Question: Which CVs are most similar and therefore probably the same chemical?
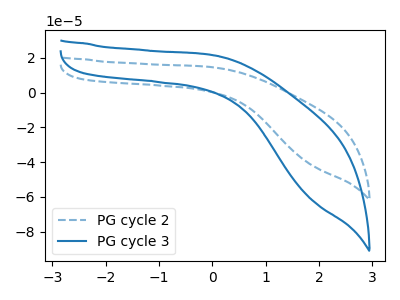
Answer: <think>The blue dashed curve "PG cycle 2" has no peaks. The blue curve "PG cycle 3" has no peaks.
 Neither "PG cycle 2" or "PG cycle 3" have any peaks.</think>
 <answer>"PG cycle 2" and "PG cycle 3" have the same shape and are likely CV's of the same chemical.</answer>
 <eval>"PG cycle 2" "PG cycle 3"</eval>